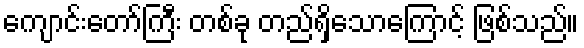
ကျောင်းတော်ကြီး တစ်ခု တည်ရှိသောကြောင့် ဖြစ်သည်။